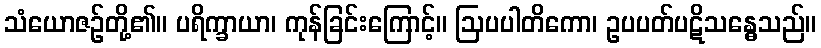
သံယောဇဉ်တို့၏။ ပရိက္ခာယာ၊ ကုန်ခြင်းကြောင့်။ ဩပပါတိကော၊ ဥပပတ်ပဋိသန္ဓေသည်။